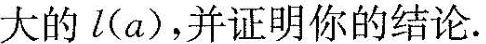
大的l(a)，并证明你的结论.